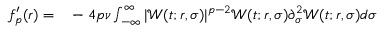
\begin{array} { r l } { f _ { p } ^ { \prime } ( r ) = } & { { } - 4 p \nu \int _ { - \infty } ^ { \infty } | \mathcal { W } ( t ; r , \sigma ) | ^ { p - 2 } \mathcal { W } ( t ; r , \sigma ) \partial _ { \sigma } ^ { 2 } \mathcal { W } ( t ; r , \sigma ) d \sigma } \end{array}